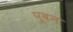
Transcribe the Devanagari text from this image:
पूवन